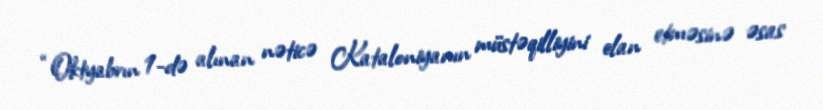
“Oktyabrın 1-də alınan nəticə Kataloniyanın müstəqilliyini elan etməsinə əsas